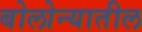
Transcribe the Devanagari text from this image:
बोलोन्यातील